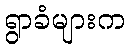
ရွာခံများက